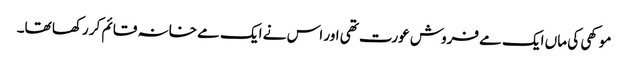
موکھی کی ماں ایک مے فروش عورت تھی اور اس نے ایک مے خانہ قائم کر رکھا تھا۔